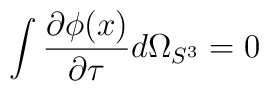
\int \frac{\partial \phi(x)}{\partial \tau} d\Omega_{S^3}=0